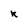
Character: K